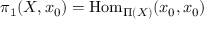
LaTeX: \pi _ { 1 } ( X , x _ { 0 } ) = \mathrm { H o m } _ { \Pi ( X ) } ( x _ { 0 } , x _ { 0 } )